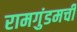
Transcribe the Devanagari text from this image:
रामगुंडमची